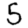
Digit: 5